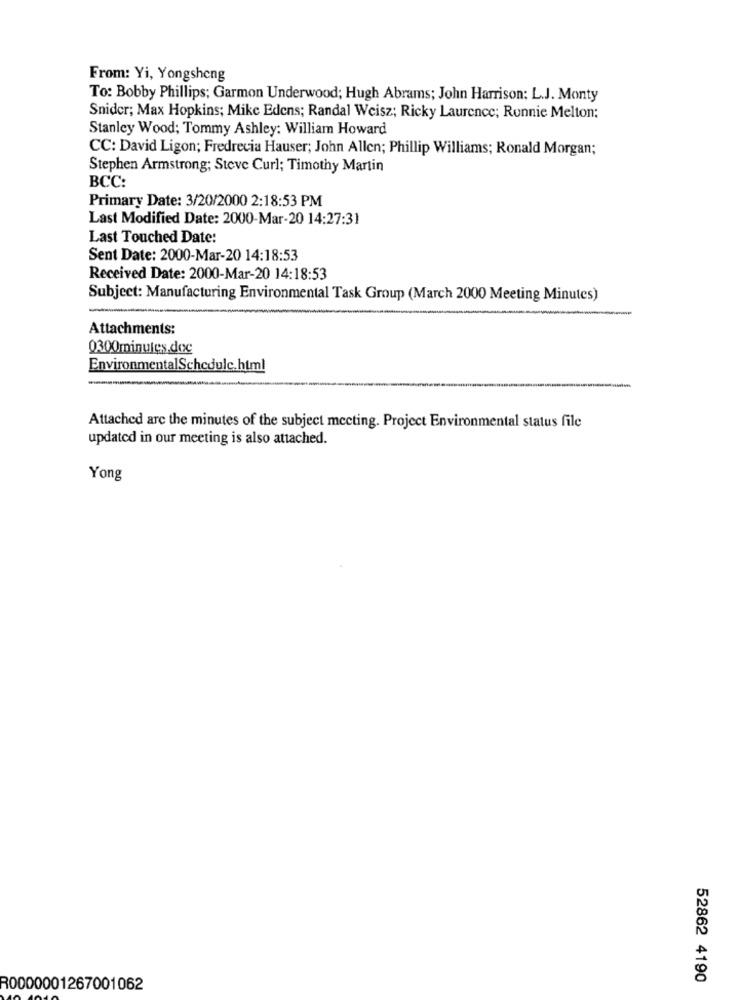
From: Yi, Yongsheng
To: Bobby Phillips; Garmon Underwood; Hugh Abrams; John Harrison: L.J. Monty
Snider; Max Hopkins; Mike Edens; Randal Weisz; Ricky Laurence; Runnie Melton;
Stanley Wood; Tommy Ashley: William Howard
CC: David Ligon; Fredrecia Hauser; John Allen; Phillip Williams; Ronald Morgan;
Stephen Armstrong; Steve Curl; Timothy Martin
BCC:
Primary Date: 3/20/2000 2:18:53 PM
Last Modified Date: 2000-Mar-20 14:27:31
Last Touched Date:
Sent Date: 2000-Mar-20 14:18:53
Received Date: 2000-Mar-20 14:18:53
Subject: Manufacturing Environmental Task Group (March 2000 Meeting Minutes)
Attachments:
Q300minutes.doc
EnvironmentalSchedule.html
Attached are the minutes of the subject meeting. Project Environmental status file
updated in our meeting is also attached.
Yong
52862 4190
R0000001267001062